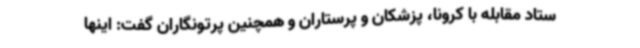
ستاد مقابله با کرونا، پزشکان و پرستاران و همچنین پرتونگاران گفت: اینها